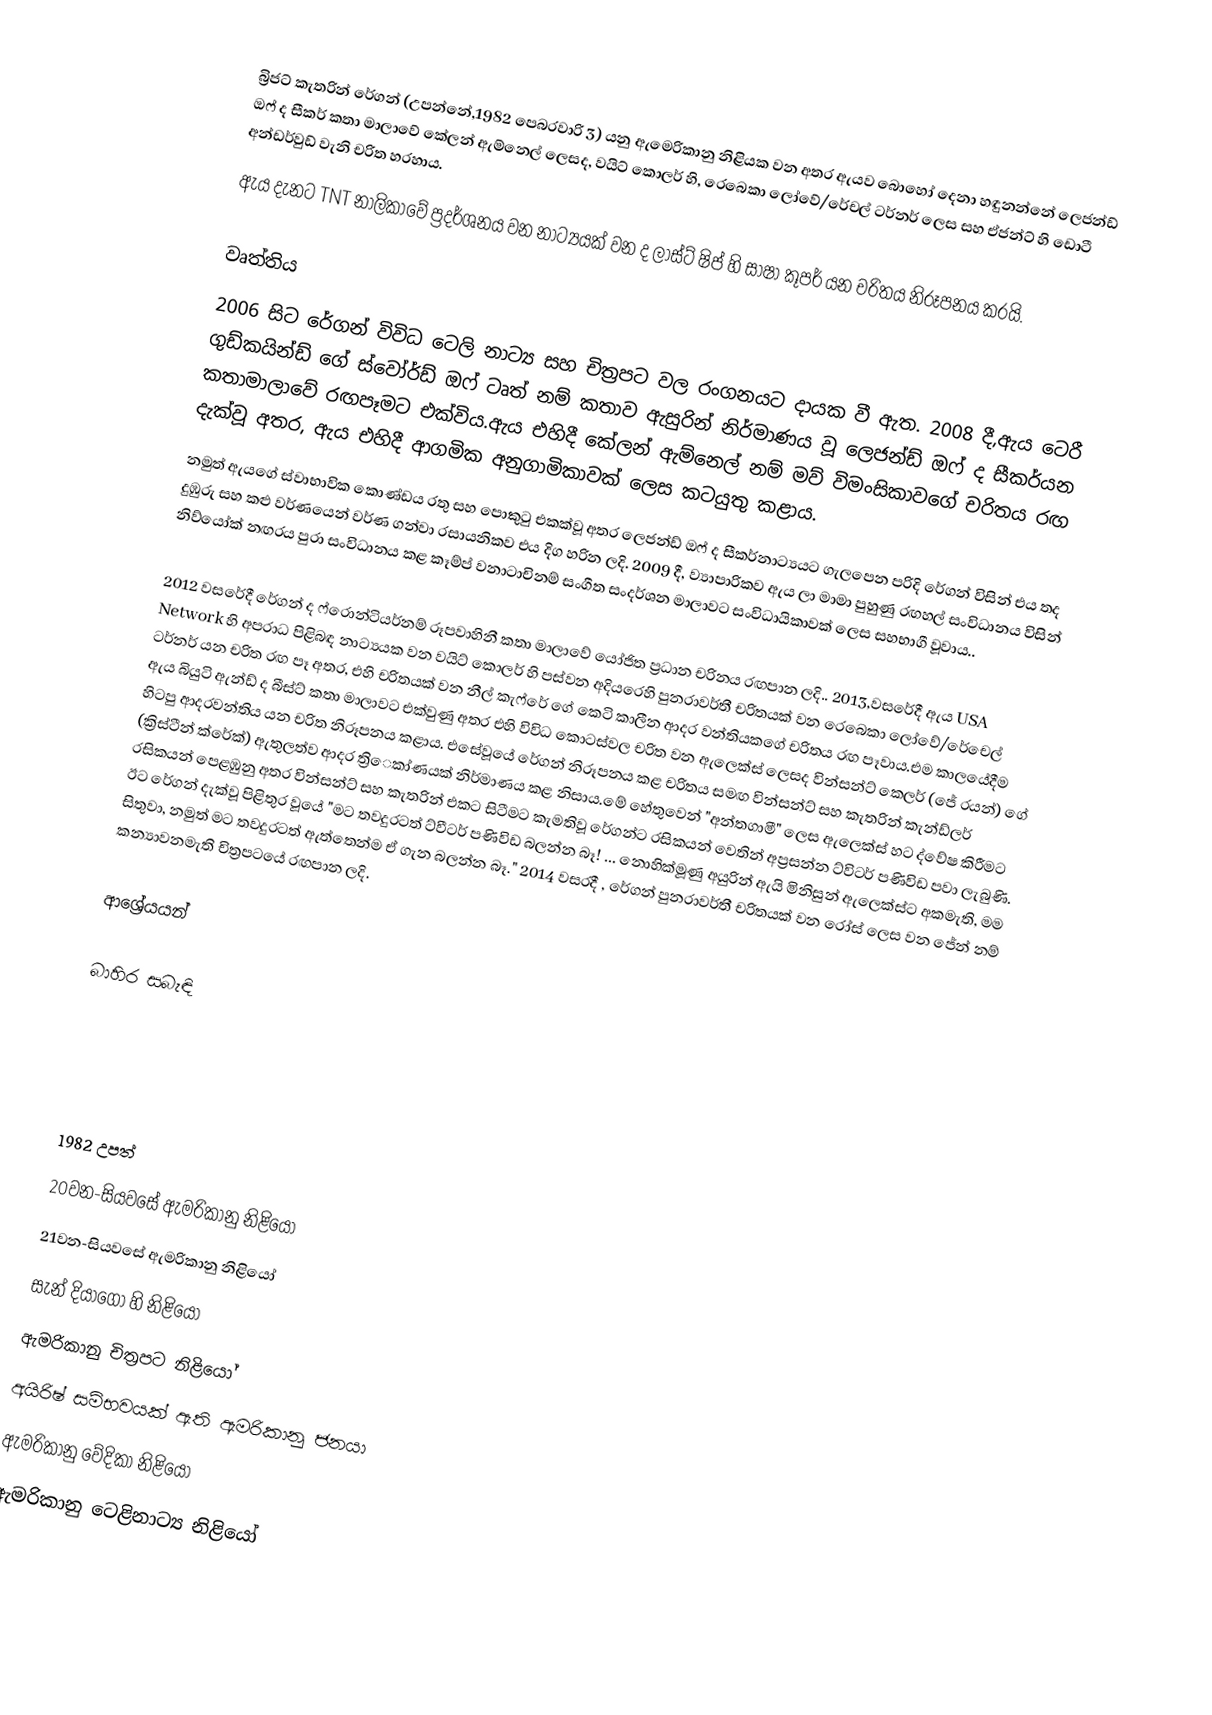
බ්‍රිජට් කැතරින් රේගන් (උපන්නේ,1982 පෙබරවාරි 3) යනු ඇමෙරිකානු නිළියක වන අතර ඇයව බොහෝ දෙනා හඳුනන්නේ ලෙජන්ඩ් ඔෆ් ද සීකර් කතා මාලාවේ කේලන් ඇම්නෙල් ලෙසද, වයිට් කොලර් හි, රෙබෙකා ලෝවේ/රේචල් ටර්නර් ලෙස සහ ඒජන්ට් හි ඩොටී අන්ඩර්වුඩ් වැනි චරිත හරහාය.
ඇය දැනට  TNT නාලිකාවේ ප්‍රදර්ශනය වන නාට්‍යයක් වන ද ලාස්ට් ෂිප් හි සාෂා කූපර් යන චරිතය නිරූපනය කරයි.

වෘත්තිය
2006 සිට රේගන් විවිධ ටෙලි නාට්‍ය සහ චිත්‍රපට වල රංගනයට දායක වී ඇත. 2008 දී,ඇය ටෙරී ගුඩ්කයින්ඩ් ගේ  ස්වෝර්ඩ් ඔෆ් ටෘත් නම් කතාව ඇසුරින් නිර්මාණය වූ ලෙජන්ඩ් ඔෆ් ද සීකර්යන කතාමාලාවේ රඟපෑමට එක්විය.ඇය එහිදී කේලන් ඇම්නෙල් නම් මව් විමංසිකාවගේ චරිතය රඟ දැක්වූ අතර, ඇය එහිදී ආගමික අනුගාමිකාවක් ලෙස කටයුතු කළාය.
නමුත් ඇයගේ ස්වාභාවික කොණ්ඩය රතු සහ පොකුටු එකක්වූ අතර ලෙජන්ඩ් ඔෆ් ද සීකර්නාට්‍යයට ගැලපෙන පරිදි රේගන් විසින් එය තද දුඹුරු සහ කළු වර්ණයෙන් වර්ණ ගන්වා රසායනිකව එය දිග හරින ලදි.  2009 දී, ව්‍යාපාරිකව ඇය ලා මාමා පුහුණු රඟහල් සංවිධානය විසින් නිව්යෝක් නඟරය පුරා සංවිධානය කළ කෑම්ප් වනාටාචිනම් සංගීත සංදර්ශන මාලාවට සංවිධායිකාවක් ලෙස සහභාගී වූවාය..

2012 වසරේදී රේගන් ද ෆ්රොන්ටියර්නම් රූපවාහිනී කතා මාලාවේ යෝජිත ප්‍රධාන චරිනය රඟපාන ලදි.. 2013,වසරේදී ඇය  USA Network හි අපරාධ පිළිබඳ නාට්‍යයක වන   වයිට් කොලර්  හි පස්වන අදියරෙහි පුනරාවර්තී චරිතයක් වන රෙබෙකා ලෝවේ/රේචෙල් ටර්නර් යන චරිත රඟ පෑ අතර, එහි චරිතයක් වන නීල් කැෆ්රේ ගේ කෙටි කාලීන ආදර වන්තියකගේ චරිතය රඟ පෑවාය.එම කාලයේදීම ඇය  බියුටි ඇන්ඩ් ද බීස්ට් කතා මාලාවට එක්වුණු අතර එහි විවිධ කොටස්වල චරිත වන ඇලෙක්ස් ලෙසද වින්සන්ට් කෙලර් (ජේ රයන්) ගේ හිටපු ආදරවන්තිය යන චරිත නිරූපනය කළාය. එසේවූයේ රේගන් නිරූපනය කළ චරිතය සමඟ වින්සන්ට් සහ කැතරින් කැන්ඩ්ලර් (ක්‍රිස්ටීන් ක්රේක්) ඇතුලත්ව ආදර ත්‍රිෙකා්ණයක් නිර්මාණය කළ නිසාය.මේ හේතුවෙන්  "අන්තගාමී" ලෙස ඇලෙක්ස් හට ද්වේෂ කිරීමට රසිකයන් පෙළඹුනු අතර වින්සන්ට් සහ කැතරින් එකට සිටීමට  කැමතිවූ රේගන්ට රසිකයන් වෙතින් අප්‍රසන්න  ට්විටර් පණිවිඩ පවා ලැබුණි. ඊට රේගන් දැක්වූ පිළිතුර වූයේ "මට තවදුරටත් ට්වීටර් පණිවිඩ බලන්න බෑ! ... නොහික්මූණු  අයුරින් ඇයි මිනිසුන් ඇලෙක්ස්ට අකමැති, මම සිතුවා, නමුත් මට තවදුරටත් ඇත්තෙන්ම ඒ ගැන බලන්න බෑ." 2014 වසරදී , රේගන් පුනරාවර්තී චරිතයක් වන  රෝස් ලෙස වන ජේන් නම් කන්‍යාවනමැති චිත්‍රපටයේ රඟපාන ලදි.

ආශ්‍රේයයන්

බාහිර සබැඳි

1982 උපත්
20වන-සියවසේ ඇමරිකානු නිළියෝ
21වන-සියවසේ ඇමරිකානු නිළියෝ
සැන් දියාගෝ හි නිළියෝ
ඇමරිකානු චිත්‍රපට නිළියෝ
අයිරිෂ් සම්භවයක් ඇති ඇමරිකානු ජනයා
ඇමරිකානු වේදිකා නිළියෝ
ඇමරිකානු ටෙළිනාට්‍ය නිළියෝ